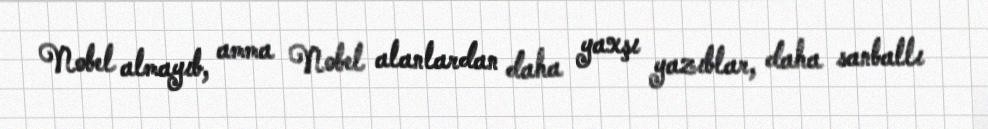
Nobel almayıb, amma Nobel alanlardan daha yaxşı yazıblar, daha sanballı